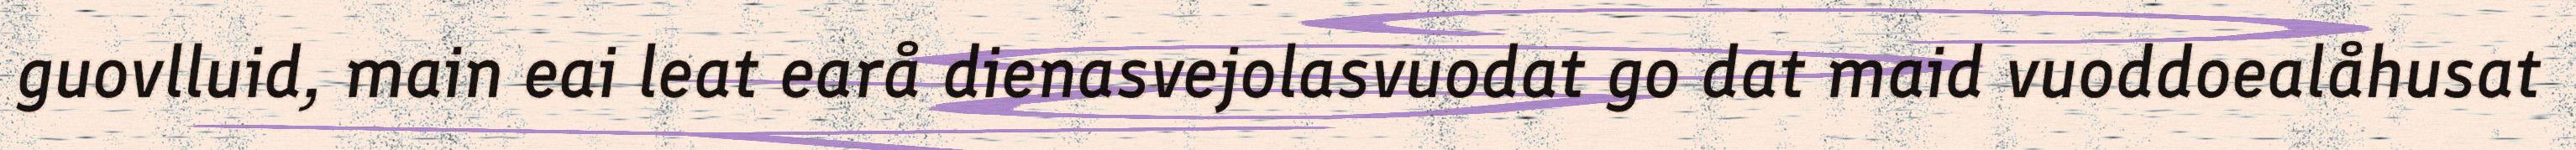
guovlluid, main eai leat earå dienasvejolasvuodat go dat maid vuoddoealåhusat